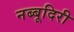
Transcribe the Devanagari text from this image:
नब्‍बूदिरी